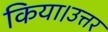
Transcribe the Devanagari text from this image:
किया।उत्तर